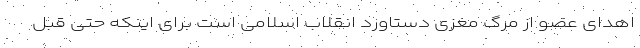
اهدای عضو از مرگ مغزی دستاورد انقلاب اسلامی است برای اینکه حتی قبل